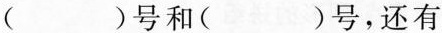
( )号和( )号，还有